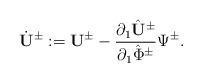
LaTeX: \begin{align*}\dot{{\mathbf U}}^{\pm}:={\mathbf U}^{\pm}-\frac{\partial_1\hat{{\mathbf U}}^{\pm}}{\partial_1\hat{\Phi}^{\pm}}\Psi^{\pm}.\end{align*}